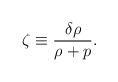
LaTeX: \begin{align*} \zeta\equiv \frac{\delta \rho}{\rho+p}.\end{align*}